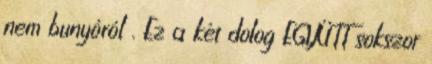
nem bunyóról . Ez a két dolog EGYÜTT sokszor